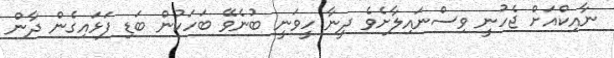
ނާއިކްއަށް ޖެހުނީ ވިސްނައިލާށެވެ ދީނާ ހީވަނީ ބުނެވޭ ބަހަކުން ބަޑި ފަޅައިގެން ދާން